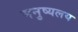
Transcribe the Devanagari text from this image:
मनुष्यलय